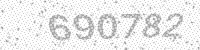
Solution: 690782